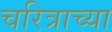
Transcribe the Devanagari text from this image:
चरित्राच्या